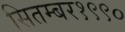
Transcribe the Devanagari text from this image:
सितम्बर१९९०